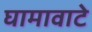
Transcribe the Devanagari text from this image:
घामावाटे